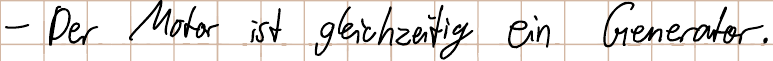
- Der Motor ist gleichzeitig ein Generator.